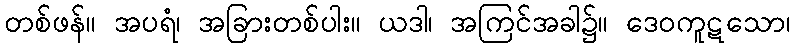
တစ်ဖန်။ အပရံ၊ အခြားတစ်ပါး။ ယဒါ၊ အကြင်အခါ၌။ ဒေဝကူဋသော၊